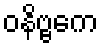
ဝနိဗ္ဗကေ